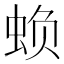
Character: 𮔅